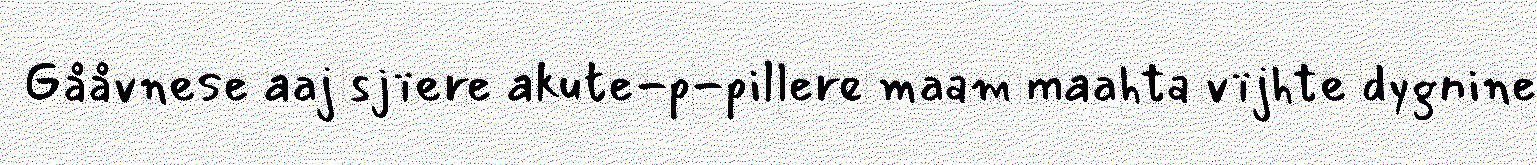
Gååvnese aaj sjïere akute-p-pillere maam maahta vïjhte dygnine